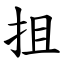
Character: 抯